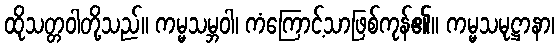
ထိုသတ္တဝါတို့သည်။ ကမ္မသမ္ဘဝါ၊ ကံကြောင့်သာဖြစ်ကုန်၏။ ကမ္မသမုဋ္ဌာနာ၊